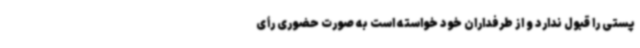
پستی را قبول ندارد و از طرفداران خود خواسته است به‌ صورت حضوری رأی